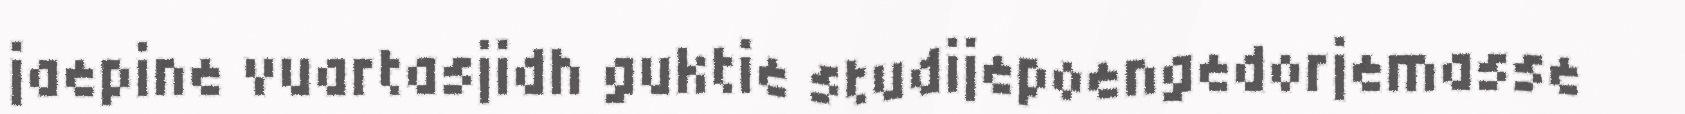
jaepine vuartasjidh guktie studijepoengedorjemasse